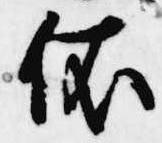
依